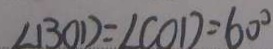
\angle B O D = \angle C O D = 6 0 ^ { \circ }